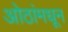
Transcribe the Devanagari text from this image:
ओठांमधून